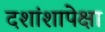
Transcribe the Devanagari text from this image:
दशांशापेक्षा